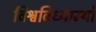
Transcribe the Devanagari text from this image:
विश्वविध्याम्यो